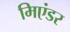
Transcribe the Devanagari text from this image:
मिएंडर